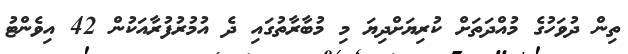
ތިން ދުވަހުގެ މުއްދަތަށް ކުރިޔަށްދިޔަ މި މުބާރާތުގައި ދެ އުމުރުފުރާއަކުން 42 އިވެންޓު